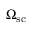
\Omega _ { \mathrm { s c } }